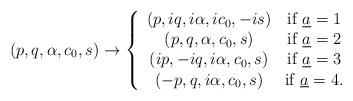
LaTeX: \begin{align*}(p,q,\alpha, c_0, s)\to\left\{\begin{array}{cc}(p, iq, i\alpha, ic_0, -is)&{\rm if } \;{\underline a}=1\\(p,q,\alpha, c_0, s)& {\rm if } \;{\underline a}=2\\(ip, -iq, i\alpha, c_0, s ) &{\rm if } \;{\underline a}=3\\(-p, q, i\alpha, c_0, s ) &{\rm if } \;{\underline a}=4.\end{array}\right.\end{align*}